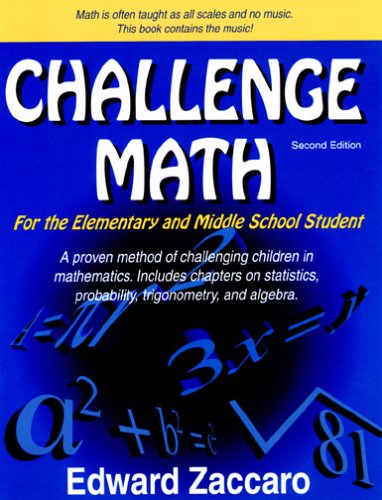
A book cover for Challenge Math For the Elementary and Middle School Student (Second Edition); Edward Zaccaro; Science & Math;